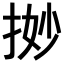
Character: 𢭼